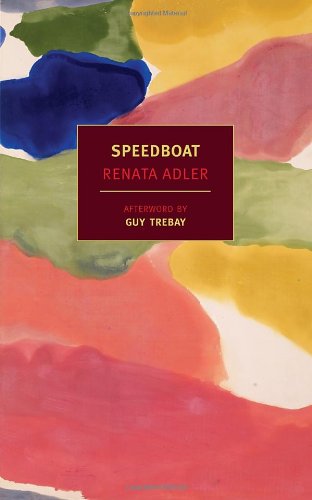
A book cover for Speedboat (NYRB Classics); Renata Adler; Literature & Fiction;